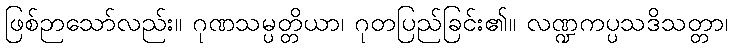
ဖြစ်ဉာသော်လည်း။ ဂုဏသမ္ပတ္တိယာ၊ ဂုတပြည်ခြင်း၏။ လဏ္ဍကပ္ပသဒိသတ္တာ၊